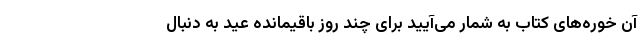
آن خوره‌های کتاب به شمار می‌آیید برای چند روز باقیمانده عید به دنبال